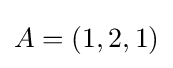
A=(1,2,1)